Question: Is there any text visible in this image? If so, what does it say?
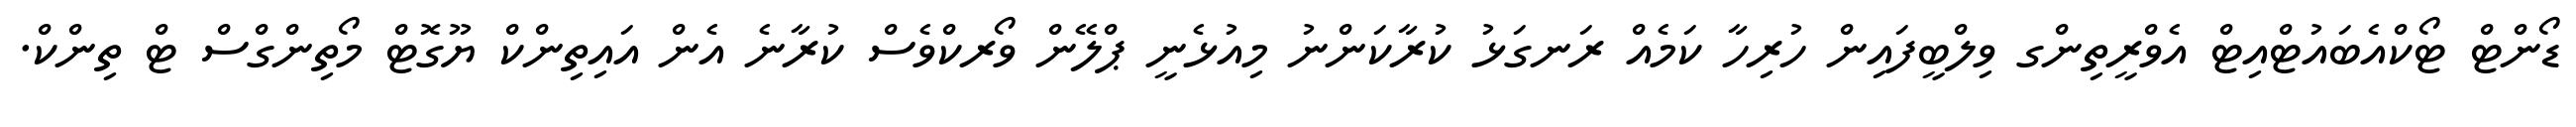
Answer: ޑޯންޓް ޓޯކްއެބައުޓްއިޓް އެވްރީތިންގ ވިލްބީފައިން ހުރިހާ ކަމެއް ރަނގަޅު ކުރާކަންނު މިއުޅެނީ ޕްލޭން ވޯރކްވެސް ކުރާނެ އެން އައިތިންކް ޔޫގޮޓް މޯތިންގްސް ޓް ތިންކް.